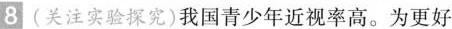
8(关注实验探究)我国青少年近视率高。为更好